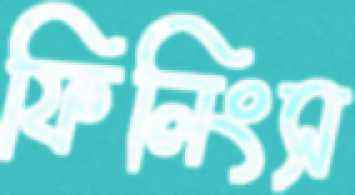
ফিলিংস